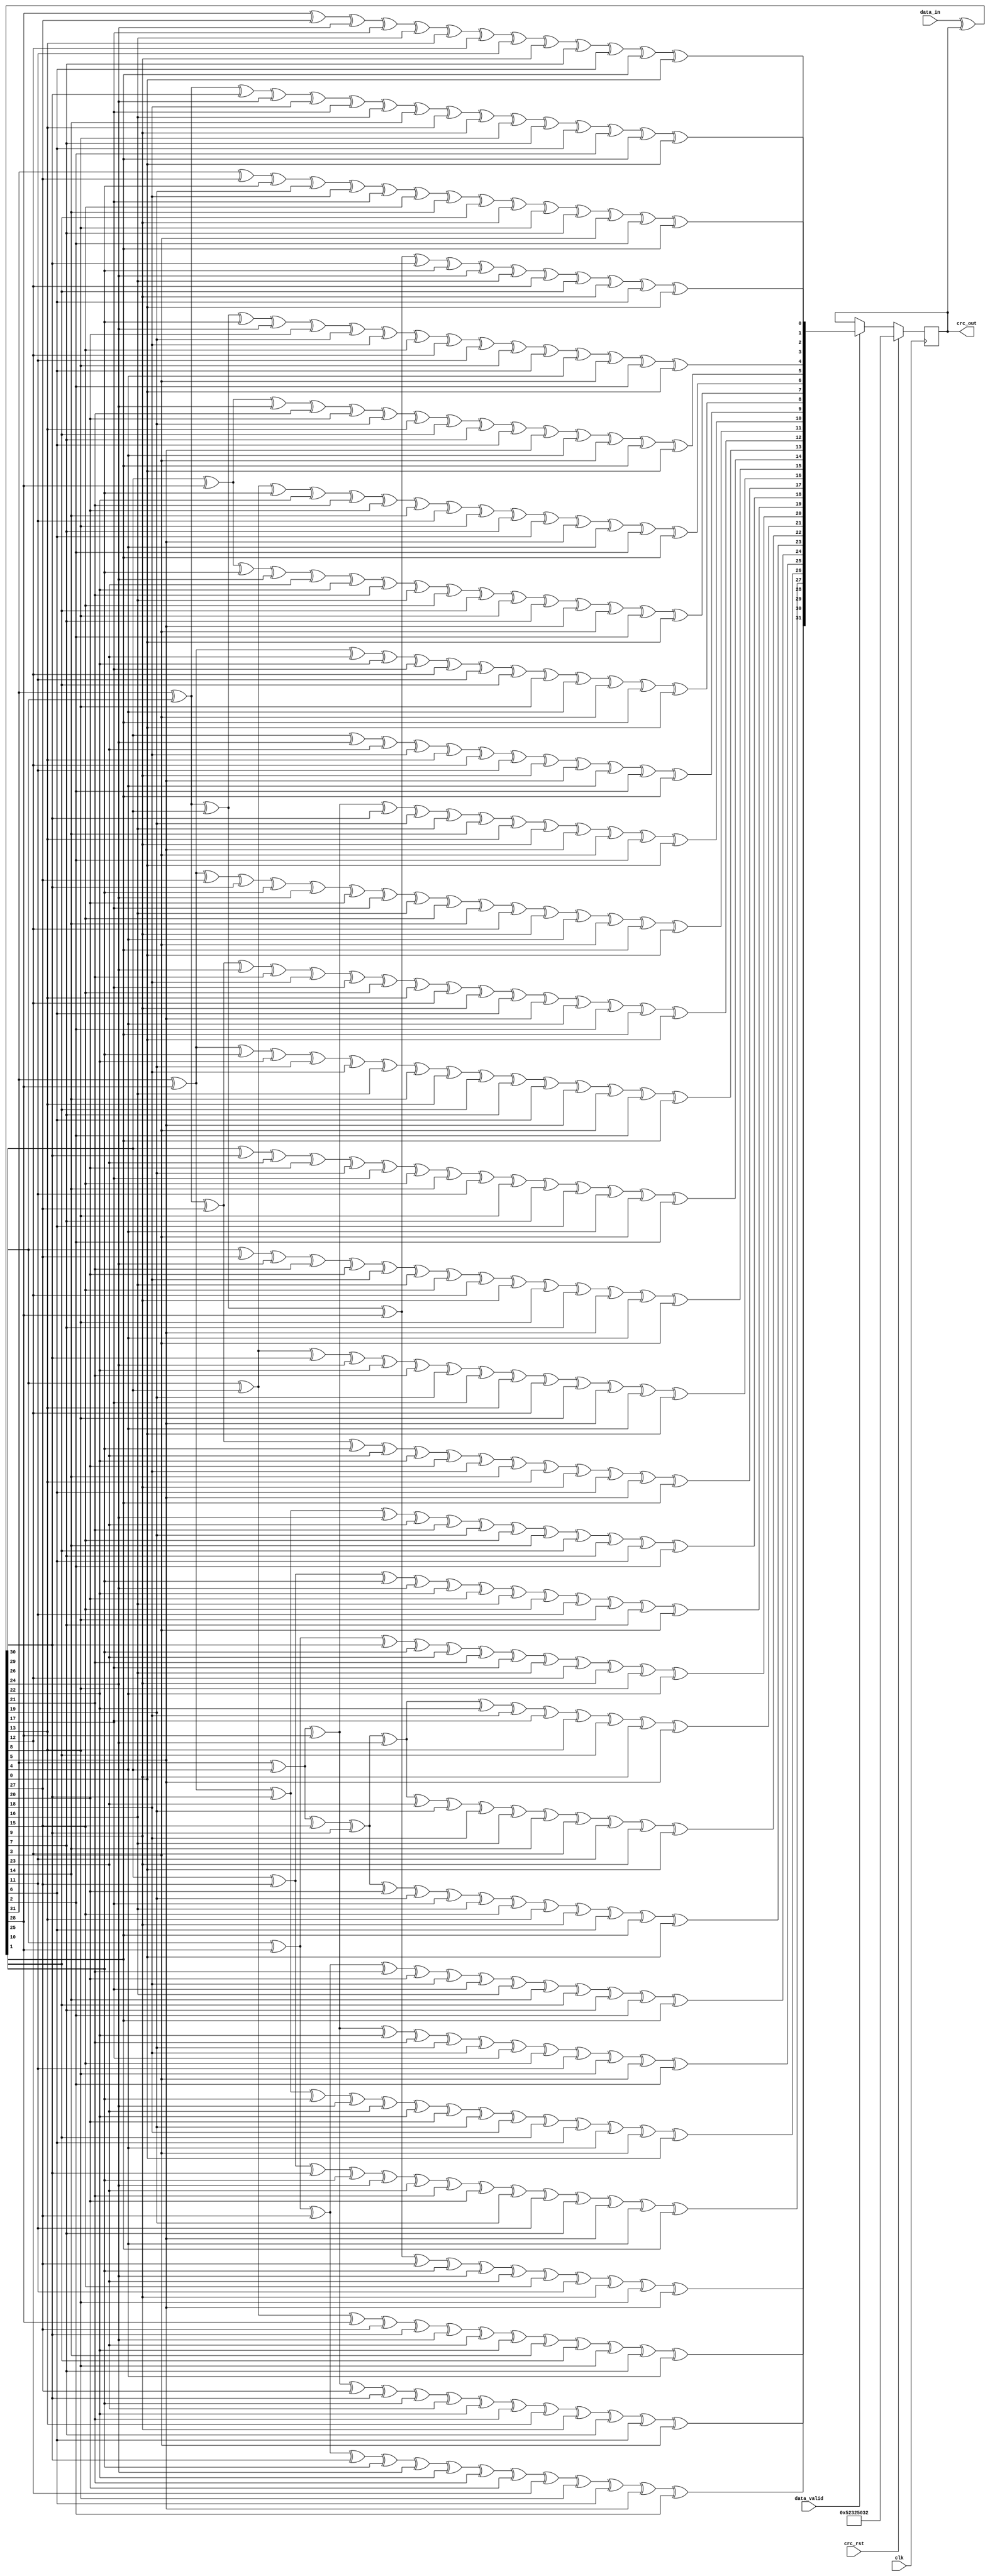
module crc (/*AUTOARG*/
   // Outputs
   crc_out,
   // Inputs
   clk, crc_rst, data_in, data_valid
   );
   // system signal
   input clk;
   input crc_rst;

   // CRC comput signal
   input [31:0] data_in;
   input data_valid;
   output [31:0] crc_out;

   reg 		crc_valid;
   wire [31:0] 	new_bit;
   wire [31:0] 	crc_bit;
   reg  [31:0]	crc_out;

   always @(posedge clk)
     begin
	if(crc_rst) 
          crc_out <= 32'h52325032;
	else if(data_valid)
          begin
             crc_out <= new_bit;
          end
     end   

   assign crc_bit = data_in ^ crc_out ; 

   assign new_bit[31] = crc_bit[31] ^ crc_bit[30] ^ crc_bit[29] ^
			crc_bit[28] ^ crc_bit[27] ^ crc_bit[25] ^
			crc_bit[24] ^ crc_bit[23] ^ crc_bit[15] ^
			crc_bit[11] ^ crc_bit[9]  ^ crc_bit[8]  ^ crc_bit[5];
   assign new_bit[30] = crc_bit[30] ^ crc_bit[29] ^ crc_bit[28] ^
			crc_bit[27] ^ crc_bit[26] ^ crc_bit[24] ^
			crc_bit[23] ^ crc_bit[22] ^ crc_bit[14] ^
			crc_bit[10] ^ crc_bit[8]  ^ crc_bit[7]  ^ crc_bit[4];
   assign new_bit[29] = crc_bit[31] ^ crc_bit[29] ^ crc_bit[28] ^
			crc_bit[27] ^ crc_bit[26] ^ crc_bit[25] ^
			crc_bit[23] ^ crc_bit[22] ^ crc_bit[21] ^
			crc_bit[13] ^ crc_bit[9]  ^ crc_bit[7]  ^
			crc_bit[6]  ^ crc_bit[3];
   assign new_bit[28] = crc_bit[30] ^ crc_bit[28] ^ crc_bit[27] ^
			crc_bit[26] ^ crc_bit[25] ^ crc_bit[24] ^
			crc_bit[22] ^ crc_bit[21] ^ crc_bit[20] ^
			crc_bit[12] ^ crc_bit[8]  ^ crc_bit[6]  ^
			crc_bit[5]  ^ crc_bit[2];
   assign new_bit[27] = crc_bit[29] ^ crc_bit[27] ^ crc_bit[26] ^
			crc_bit[25] ^ crc_bit[24] ^ crc_bit[23] ^
			crc_bit[21] ^ crc_bit[20] ^ crc_bit[19] ^
			crc_bit[11] ^ crc_bit[7]  ^ crc_bit[5]  ^
			crc_bit[4]  ^ crc_bit[1];
   assign new_bit[26] = crc_bit[31] ^ crc_bit[28] ^ crc_bit[26] ^
			crc_bit[25] ^ crc_bit[24] ^ crc_bit[23] ^
			crc_bit[22] ^ crc_bit[20] ^ crc_bit[19] ^
			crc_bit[18] ^ crc_bit[10] ^ crc_bit[6]  ^
			crc_bit[4]  ^ crc_bit[3]  ^ crc_bit[0];
   assign new_bit[25] = crc_bit[31] ^ crc_bit[29] ^ crc_bit[28] ^
			crc_bit[22] ^ crc_bit[21] ^ crc_bit[19] ^
			crc_bit[18] ^ crc_bit[17] ^ crc_bit[15] ^
			crc_bit[11] ^ crc_bit[8]  ^ crc_bit[3]  ^ crc_bit[2];
   assign new_bit[24] = crc_bit[30] ^ crc_bit[28] ^ crc_bit[27] ^
			crc_bit[21] ^ crc_bit[20] ^ crc_bit[18] ^
			crc_bit[17] ^ crc_bit[16] ^ crc_bit[14] ^
			crc_bit[10] ^ crc_bit[7]  ^ crc_bit[2]  ^ crc_bit[1];
   assign new_bit[23] = crc_bit[31] ^ crc_bit[29] ^ crc_bit[27] ^
			crc_bit[26] ^ crc_bit[20] ^ crc_bit[19] ^
			crc_bit[17] ^ crc_bit[16] ^ crc_bit[15] ^
			crc_bit[13] ^ crc_bit[9]  ^ crc_bit[6]  ^
			crc_bit[1]  ^ crc_bit[0];
   assign new_bit[22] = crc_bit[31] ^ crc_bit[29] ^ crc_bit[27] ^
			crc_bit[26] ^ crc_bit[24] ^ crc_bit[23] ^
			crc_bit[19] ^ crc_bit[18] ^ crc_bit[16] ^
			crc_bit[14] ^ crc_bit[12] ^ crc_bit[11] ^
			crc_bit[9]  ^ crc_bit[0];
   assign new_bit[21] = crc_bit[31] ^ crc_bit[29] ^ crc_bit[27] ^
			crc_bit[26] ^ crc_bit[24] ^ crc_bit[22] ^
			crc_bit[18] ^ crc_bit[17] ^ crc_bit[13] ^
			crc_bit[10] ^ crc_bit[9]  ^ crc_bit[5];
   assign new_bit[20] = crc_bit[30] ^ crc_bit[28] ^ crc_bit[26] ^
			crc_bit[25] ^ crc_bit[23] ^ crc_bit[21] ^
			crc_bit[17] ^ crc_bit[16] ^ crc_bit[12] ^
			crc_bit[9]  ^ crc_bit[8]  ^ crc_bit[4];
   assign new_bit[19] = crc_bit[29] ^ crc_bit[27] ^ crc_bit[25] ^
			crc_bit[24] ^ crc_bit[22] ^ crc_bit[20] ^
			crc_bit[16] ^ crc_bit[15] ^ crc_bit[11] ^
			crc_bit[8]  ^ crc_bit[7]  ^ crc_bit[3];
   assign new_bit[18] = crc_bit[31] ^ crc_bit[28] ^ crc_bit[26] ^
			crc_bit[24] ^ crc_bit[23] ^ crc_bit[21] ^
			crc_bit[19] ^ crc_bit[15] ^ crc_bit[14] ^
			crc_bit[10] ^ crc_bit[7]  ^ crc_bit[6]  ^ crc_bit[2];
   assign new_bit[17] = crc_bit[31] ^ crc_bit[30] ^ crc_bit[27] ^
			crc_bit[25] ^ crc_bit[23] ^ crc_bit[22] ^
			crc_bit[20] ^ crc_bit[18] ^ crc_bit[14] ^
			crc_bit[13] ^ crc_bit[9]  ^ crc_bit[6]  ^
			crc_bit[5]  ^ crc_bit[1];
   assign new_bit[16] = crc_bit[30] ^ crc_bit[29] ^ crc_bit[26] ^
			crc_bit[24] ^ crc_bit[22] ^ crc_bit[21] ^
			crc_bit[19] ^ crc_bit[17] ^ crc_bit[13] ^
			crc_bit[12] ^ crc_bit[8]  ^ crc_bit[5]  ^
			crc_bit[4]  ^ crc_bit[0];
   assign new_bit[15] = crc_bit[30] ^ crc_bit[27] ^ crc_bit[24] ^
			crc_bit[21] ^ crc_bit[20] ^ crc_bit[18] ^
			crc_bit[16] ^ crc_bit[15] ^ crc_bit[12] ^
			crc_bit[9]  ^ crc_bit[8]  ^ crc_bit[7]  ^
			crc_bit[5]  ^ crc_bit[4]  ^ crc_bit[3];
   assign new_bit[14] = crc_bit[29] ^ crc_bit[26] ^ crc_bit[23] ^
			crc_bit[20] ^ crc_bit[19] ^ crc_bit[17] ^
			crc_bit[15] ^ crc_bit[14] ^ crc_bit[11] ^
			crc_bit[8]  ^ crc_bit[7]  ^ crc_bit[6]  ^
			crc_bit[4]  ^ crc_bit[3]  ^ crc_bit[2];
   assign new_bit[13] = crc_bit[31] ^ crc_bit[28] ^ crc_bit[25] ^
			crc_bit[22] ^ crc_bit[19] ^ crc_bit[18] ^
			crc_bit[16] ^ crc_bit[14] ^ crc_bit[13] ^
			crc_bit[10] ^ crc_bit[7]  ^ crc_bit[6]  ^
			crc_bit[5]  ^ crc_bit[3]  ^ crc_bit[2]  ^ crc_bit[1];
   assign new_bit[12] = crc_bit[31] ^ crc_bit[30] ^ crc_bit[27] ^
			crc_bit[24] ^ crc_bit[21] ^ crc_bit[18] ^
			crc_bit[17] ^ crc_bit[15] ^ crc_bit[13] ^
			crc_bit[12] ^ crc_bit[9]  ^ crc_bit[6]  ^
			crc_bit[5]  ^ crc_bit[4]  ^ crc_bit[2]  ^
			crc_bit[1]  ^ crc_bit[0];
   assign new_bit[11] = crc_bit[31] ^ crc_bit[28] ^ crc_bit[27] ^
			crc_bit[26] ^ crc_bit[25] ^ crc_bit[24] ^
			crc_bit[20] ^ crc_bit[17] ^ crc_bit[16] ^
			crc_bit[15] ^ crc_bit[14] ^ crc_bit[12] ^
			crc_bit[9]  ^ crc_bit[4]  ^ crc_bit[3]  ^
			crc_bit[1]  ^ crc_bit[0];
   assign new_bit[10] = crc_bit[31] ^ crc_bit[29] ^ crc_bit[28] ^
			crc_bit[26] ^ crc_bit[19] ^ crc_bit[16] ^
			crc_bit[14] ^ crc_bit[13] ^ crc_bit[9] ^
			crc_bit[5]  ^ crc_bit[3]  ^ crc_bit[2] ^ crc_bit[0];
   assign new_bit[9] = crc_bit[29] ^ crc_bit[24] ^ crc_bit[23] ^
		       crc_bit[18] ^ crc_bit[13] ^ crc_bit[12] ^
		       crc_bit[11] ^ crc_bit[9]  ^ crc_bit[5]  ^
		       crc_bit[4]  ^ crc_bit[2]  ^ crc_bit[1];
   assign new_bit[8] = crc_bit[31] ^ crc_bit[28] ^ crc_bit[23] ^
		       crc_bit[22] ^ crc_bit[17] ^ crc_bit[12] ^
		       crc_bit[11] ^ crc_bit[10] ^ crc_bit[8]  ^
		       crc_bit[4]  ^ crc_bit[3]  ^ crc_bit[1]  ^ crc_bit[0];
   assign new_bit[7] = crc_bit[29] ^ crc_bit[28] ^ crc_bit[25] ^
		       crc_bit[24] ^ crc_bit[23] ^ crc_bit[22] ^
		       crc_bit[21] ^ crc_bit[16] ^ crc_bit[15] ^
		       crc_bit[10] ^ crc_bit[8]  ^ crc_bit[7]  ^
		       crc_bit[5]  ^ crc_bit[3]  ^ crc_bit[2]  ^ crc_bit[0];
   assign new_bit[6] = crc_bit[30] ^ crc_bit[29] ^ crc_bit[25] ^
		       crc_bit[22] ^ crc_bit[21] ^ crc_bit[20] ^
		       crc_bit[14] ^ crc_bit[11] ^ crc_bit[8]  ^
		       crc_bit[7]  ^ crc_bit[6]  ^ crc_bit[5]  ^
		       crc_bit[4]  ^ crc_bit[2]  ^ crc_bit[1];
   assign new_bit[5] = crc_bit[29] ^ crc_bit[28] ^ crc_bit[24] ^
		       crc_bit[21] ^ crc_bit[20] ^ crc_bit[19] ^
		       crc_bit[13] ^ crc_bit[10] ^ crc_bit[7]  ^
		       crc_bit[6]  ^ crc_bit[5]  ^ crc_bit[4]  ^
		       crc_bit[3]  ^ crc_bit[1]  ^ crc_bit[0];
   assign new_bit[4] = crc_bit[31] ^ crc_bit[30] ^ crc_bit[29] ^
		       crc_bit[25] ^ crc_bit[24] ^ crc_bit[20] ^
		       crc_bit[19] ^ crc_bit[18] ^ crc_bit[15] ^
		       crc_bit[12] ^ crc_bit[11] ^ crc_bit[8]  ^
		       crc_bit[6]  ^ crc_bit[4]  ^ crc_bit[3]  ^
		       crc_bit[2]  ^ crc_bit[0];
   assign new_bit[3] = crc_bit[31] ^ crc_bit[27] ^ crc_bit[25] ^
		       crc_bit[19] ^ crc_bit[18] ^ crc_bit[17] ^
		       crc_bit[15] ^ crc_bit[14] ^ crc_bit[10] ^
		       crc_bit[9]  ^ crc_bit[8]  ^ crc_bit[7]  ^
		       crc_bit[3]  ^ crc_bit[2]  ^ crc_bit[1];
   assign new_bit[2] = crc_bit[31] ^ crc_bit[30] ^ crc_bit[26] ^
		       crc_bit[24] ^ crc_bit[18] ^ crc_bit[17] ^
		       crc_bit[16] ^ crc_bit[14] ^ crc_bit[13] ^
		       crc_bit[9]  ^ crc_bit[8]  ^ crc_bit[7]  ^
		       crc_bit[6]  ^ crc_bit[2]  ^ crc_bit[1]  ^ crc_bit[0];
   assign new_bit[1] = crc_bit[28] ^ crc_bit[27] ^ crc_bit[24] ^
		       crc_bit[17] ^ crc_bit[16] ^ crc_bit[13] ^
		       crc_bit[12] ^ crc_bit[11] ^ crc_bit[9]  ^
		       crc_bit[7]  ^ crc_bit[6]  ^ crc_bit[1]  ^ crc_bit[0];
   assign new_bit[0] = crc_bit[31] ^ crc_bit[30] ^ crc_bit[29] ^
		       crc_bit[28] ^ crc_bit[26] ^ crc_bit[25] ^
		       crc_bit[24] ^ crc_bit[16] ^ crc_bit[12] ^
		       crc_bit[10] ^ crc_bit[9]  ^ crc_bit[6]  ^ crc_bit[0];

endmodule